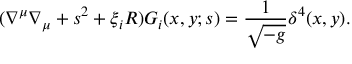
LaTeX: ( \nabla ^ { \mu } \nabla _ { \mu } + s ^ { 2 } + \xi _ { i } R ) G _ { i } ( x , y ; s ) = \frac { 1 } { \sqrt { - g } } \delta ^ { 4 } ( x , y ) .